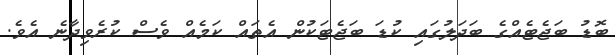
ބޮޑު ބަޖެޓެއްގެ ބަދަލުގައި ކުޑަ ބަޖެޓަކުން އެތައް ކަމެއް ވެސް ކުރެވިދާނެ އެވެ.